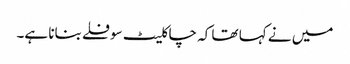
میں نے کہا تھا کہ چاکلیٹ سوفلے بنانا ہے۔